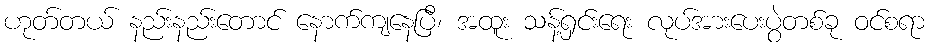
ဟုတ်တယ် နည်းနည်းတောင် နောက်ကျနေပြီ၊ အထူး သန့်ရှင်းရေး လုပ်အားပေးပွဲတစ်ခု ဝင်စရာ